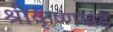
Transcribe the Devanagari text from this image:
श्रीकृष्णखंड